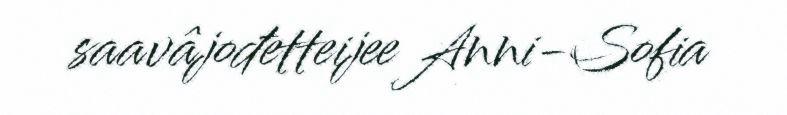
saavâjođetteijee Anni-Sofia